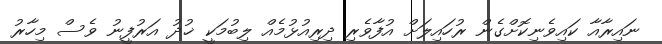
ނައިރާއާ ކައިވެނިކޮށްގެން ރުހައިލަށް އުފާވެރި ދިރިއުޅުމެއް ލިބުމަކީ ޚުދު އަރުފީނު ވެސް މިހާރު